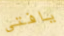
يافتى